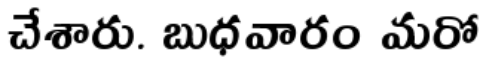
చేశారు. బుధవారం మరో